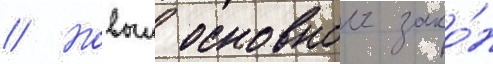
// Новыи основнои зако́н